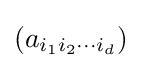
(a_{i_{1}i_{2}\cdots i_{d}})